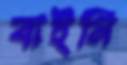
বাইনি